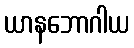
ယာနဘောဂါယ